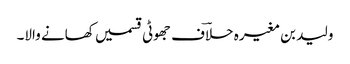
ولید بن مغیرہ حلاؔف جھوٹی قسمیں کھانے والا۔